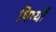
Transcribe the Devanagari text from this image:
षिष्यों